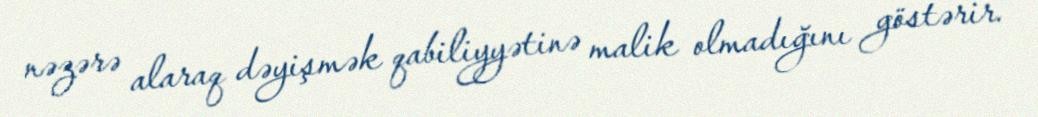
nəzərə alaraq dəyişmək qabiliyyətinə malik olmadığını göstərir.